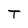
Character: T